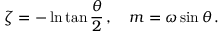
\zeta = - \ln \tan \frac { \theta } { 2 } \, , \quad m = \omega \sin \theta \, .